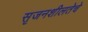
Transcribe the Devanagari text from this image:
सृजनशीलतेचे